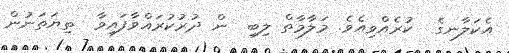
އެކަލާނގެ  ކުރެއްވިއެވެ. މަލާމާތް ލިބި  ން ދުރުކުރައްވާފައިވާ  ތިޔަތަނުން